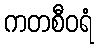
ကတစီဝရံ